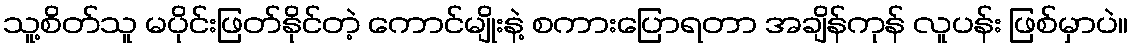
သူ့စိတ်သူ မပိုင်းဖြတ်နိုင်တဲ့ ကောင်မျိုးနဲ့ စကားပြောရတာ အချိန်ကုန် လူပန်း ဖြစ်မှာပဲ။